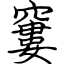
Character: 窶